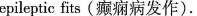
epileptic fits (癫痫病发作).